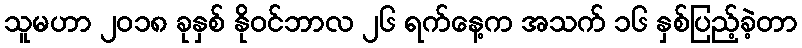
သူမဟာ ၂၀၁၈ ခုနှစ် နိုဝင်ဘာလ ၂၆ ရက်နေ့က အသက် ၁၆ နှစ်ပြည့်ခဲ့တာ